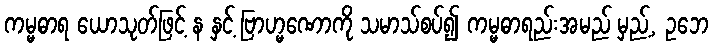
ကမ္မဓာရ ယောသုတ်ဖြင့် န နှင့် ဗြာဟ္မဏောကို သမာသ်စပ်၍ ကမ္မဓာရည်းအမည် မှည့်, ဥဘေ